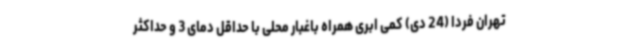
تهران فردا (24 دی) کمی ابری همراه باغبار محلی با حداقل دمای 3 و حداکثر